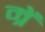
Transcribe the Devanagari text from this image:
म्रें